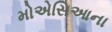
મોએસિઆના